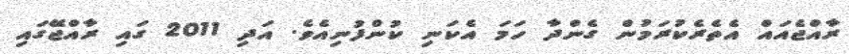
ރާއްޖެއައް އެތެރެކުރަމުން ގެންދާ ހަމަ އެކަނި ކުންފުނިއެވެ. އަދި 2011 ގައި ރާއްޖޭގައި